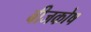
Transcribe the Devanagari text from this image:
बीजकोष